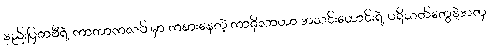
နည်းပြဇာဗီရဲ့ ကာတာကလပ် မှာ ကစားနေတဲ့ ကာဇိုလာဟာ အသင်းဟောင်းရဲ့ ပရိသတ်တွေနဲ့အတူ